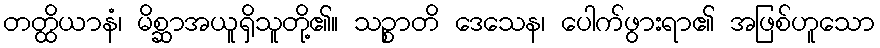
တတ္ထိယာနံ၊ မိစ္ဆာအယူရှိသူတို့၏။ သဉ္စာတိ ဒေသေန၊ ပေါက်ဖွားရာ၏ အဖြစ်ဟူသော